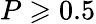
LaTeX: P\geqslant 0.5